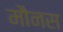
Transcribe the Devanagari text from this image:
मौनस